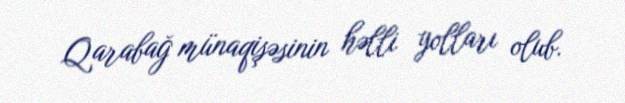
Qarabağ münaqişəsinin həlli yolları olub.